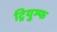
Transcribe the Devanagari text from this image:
ट्रियुम्फ